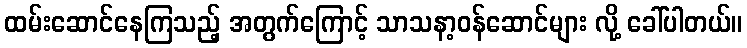
ထမ်းဆောင်နေကြသည့် အတွက်ကြောင့် သာသနာ့ဝန်ဆောင်များ လို့ ခေါ်ပါတယ်။